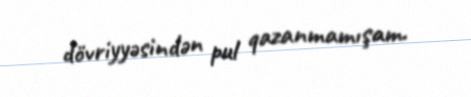
dövriyyəsindən pul qazanmamışam.